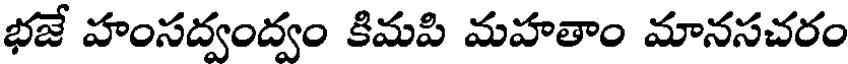
భజే హంసద్వంద్వం కిమపి మహతాం మానసచరం